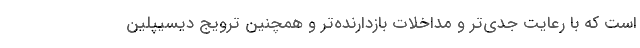
است که با رعایت جدی‌تر و مداخلات بازدارنده‌تر و همچنین ترویج دیسیپلین